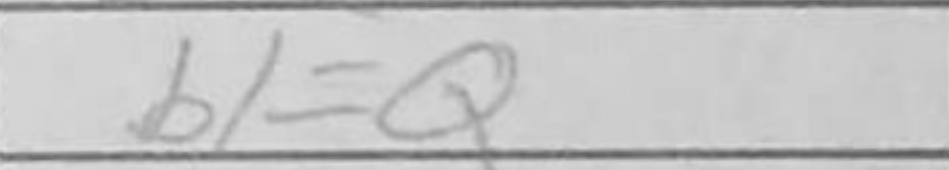
Transcription: b1=Q